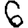
Digit: 6